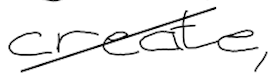
Text: create,
Cross-out: diagonal
Writing tool: digital_black